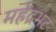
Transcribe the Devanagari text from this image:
महेंद्रभट